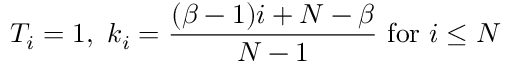
T _ { i } = 1 , \ k _ { i } = \frac { ( \beta - 1 ) i + N - \beta } { N - 1 } \ \mathrm { f o r } \ i \leq N